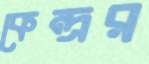
কেন্দ্রর